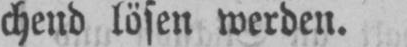
chend lösen werden.